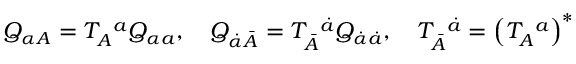
Q _ { \alpha A } = T _ { A } ^ { \, \, \, \, a } Q _ { \alpha a } , \quad Q _ { \dot { \alpha } \bar { A } } = T _ { \bar { A } } ^ { \, \, \, \, \dot { a } } Q _ { \dot { \alpha } \dot { a } } , \quad T _ { \bar { A } } ^ { \, \, \, \, \dot { a } } = \left( T _ { A } ^ { \, \, \, \, a } \right) ^ { * }